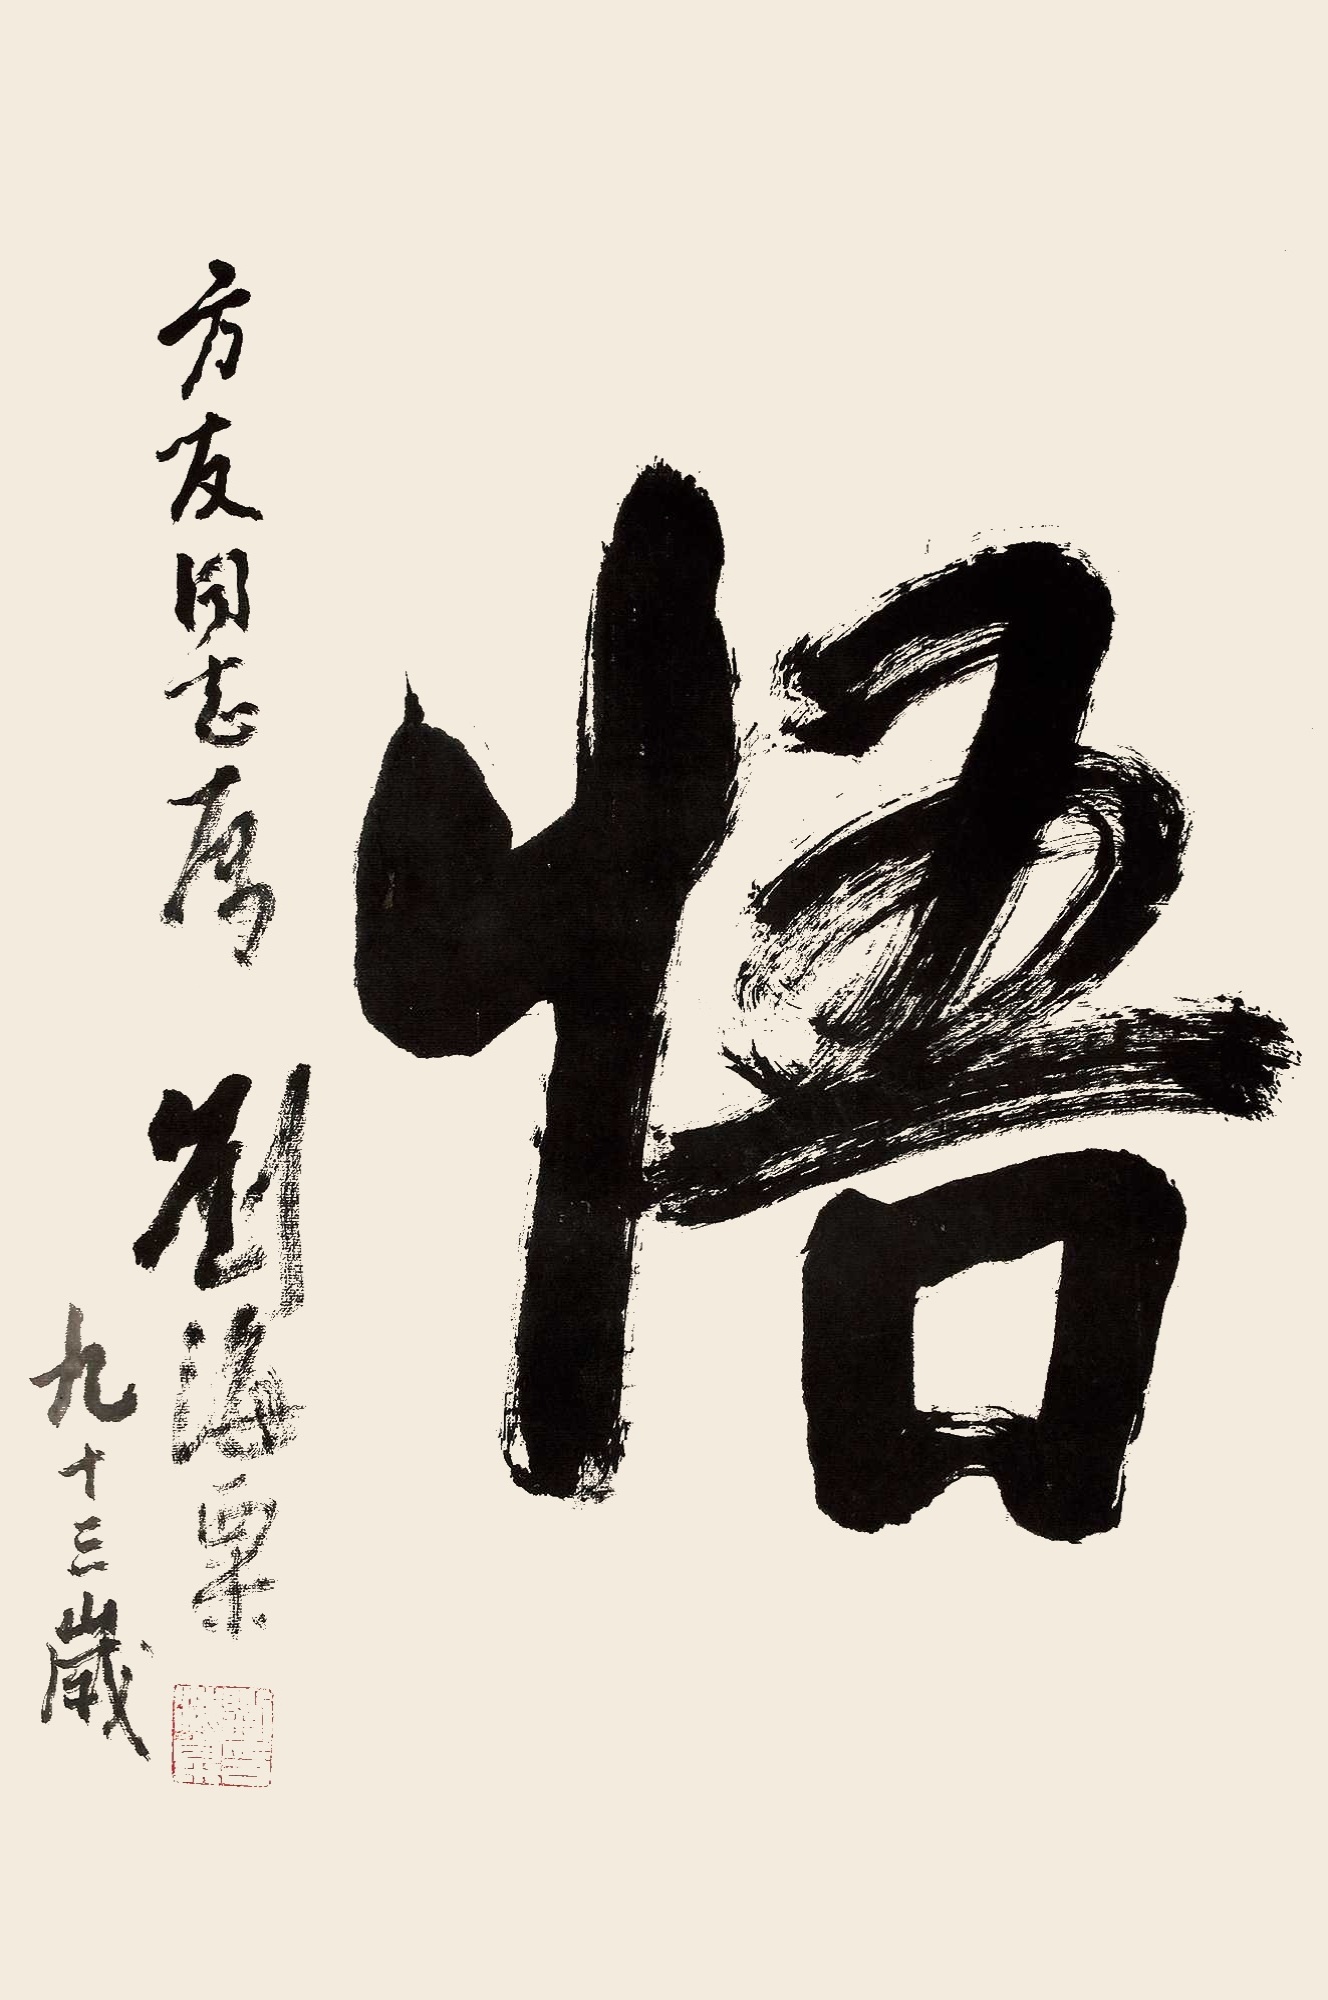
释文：悟。方友同志属，刘海粟九十三岁。